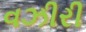
વઝીરી